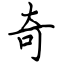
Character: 奇